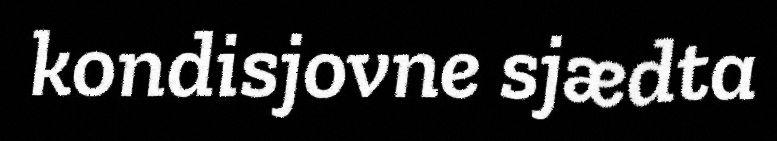
kondisjovne sjædta